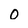
Character: 0